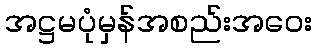
အဋ္ဌမပုံမှန်အစည်းအဝေး